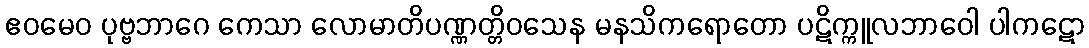
ဧဝမေဝ ပုဗ္ဗဘာဂေ ကေသာ လောမာတိပဏ္ဏတ္တိဝသေန မနသိကရောတော ပဋိက္ကူလဘာဝေါ ပါကဋော